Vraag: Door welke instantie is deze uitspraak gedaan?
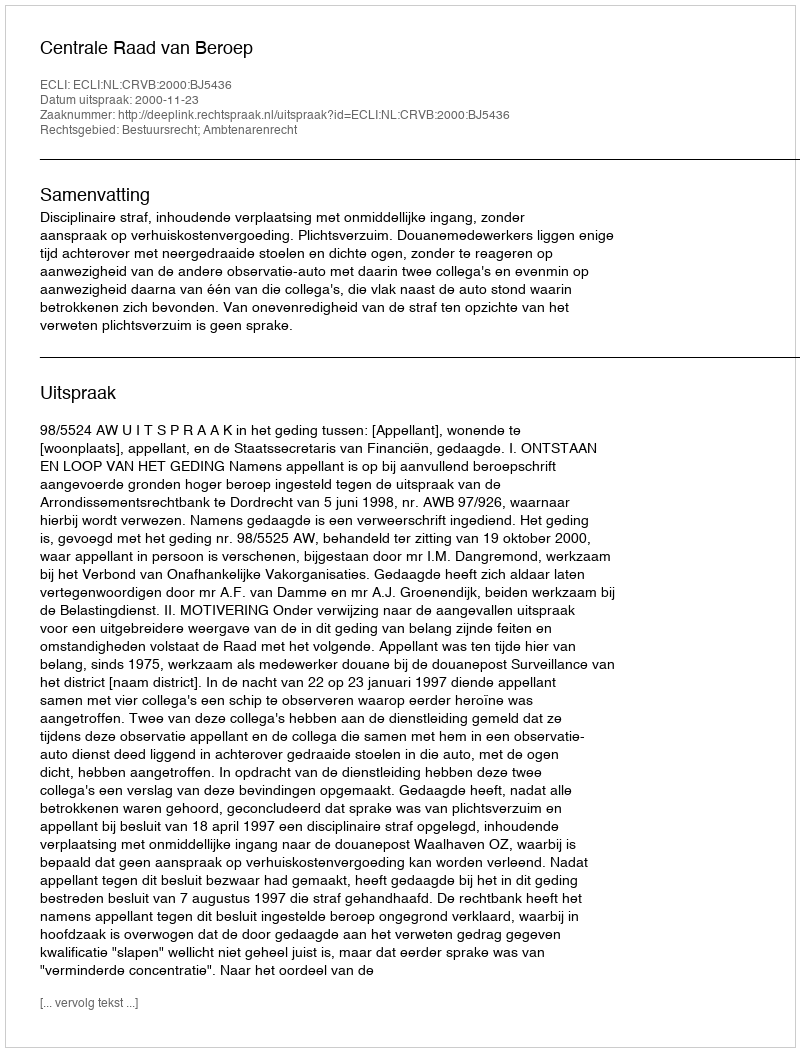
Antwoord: Centrale Raad van Beroep